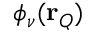
\phi _ { \nu } ( \mathbf { r } _ { Q } )